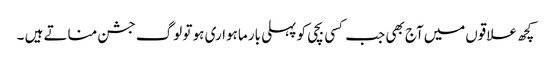
کچھ علاقوں‌میں‌آج بھی جب کسی بچی کو پہلی بار ماہواری ہو تو لوگ جشن مناتے ہیں ۔